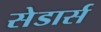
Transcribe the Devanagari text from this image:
सेडार्स